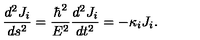
\frac { d ^ { 2 } J _ { i } } { d s ^ { 2 } } = \frac { \hbar ^ { 2 } } { E ^ { 2 } } \frac { d ^ { 2 } J _ { i } } { d t ^ { 2 } } = - \kappa _ { i } J _ { i } .